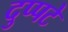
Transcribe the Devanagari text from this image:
दुप्पटे